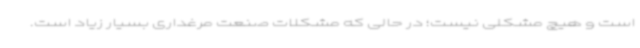
است و هیچ مشکلی نیست؛ در حالی که مشکلات صنعت مرغداری بسیار زیاد است.